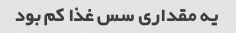
یه مقداری سس غذا کم بود